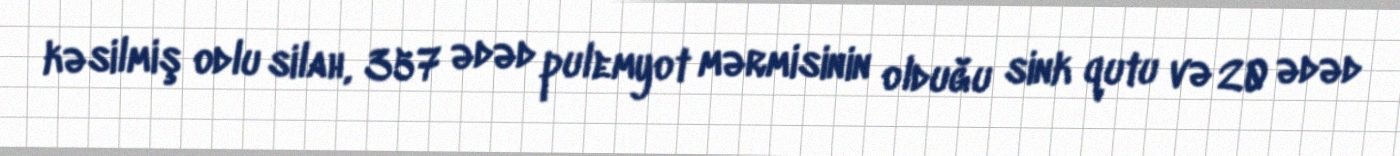
kəsilmiş odlu silah, 357 ədəd pulemyot mərmisinin olduğu sink qutu və 20 ədəd